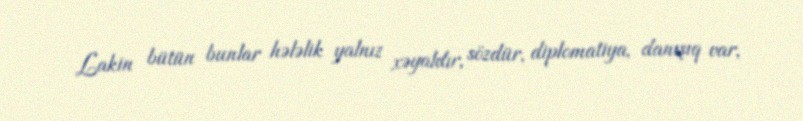
Lakin bütün bunlar hələlik yalnız xəyaldır, sözdür, diplomatiya, danışıq var,